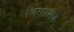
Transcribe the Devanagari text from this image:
लिगांत्मक